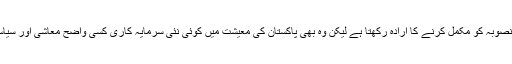
چین اگرچہ بہر صورت سی پیک منصوبہ کو مکمل کرنے کا ارادہ رکھتا ہے لیکن وہ بھی پاکستان کی معیشت میں کوئی نئی سرمایہ کاری کسی واضح معاشی اور سیاسی ضمانت کے بغیر نہیں کرے گا۔